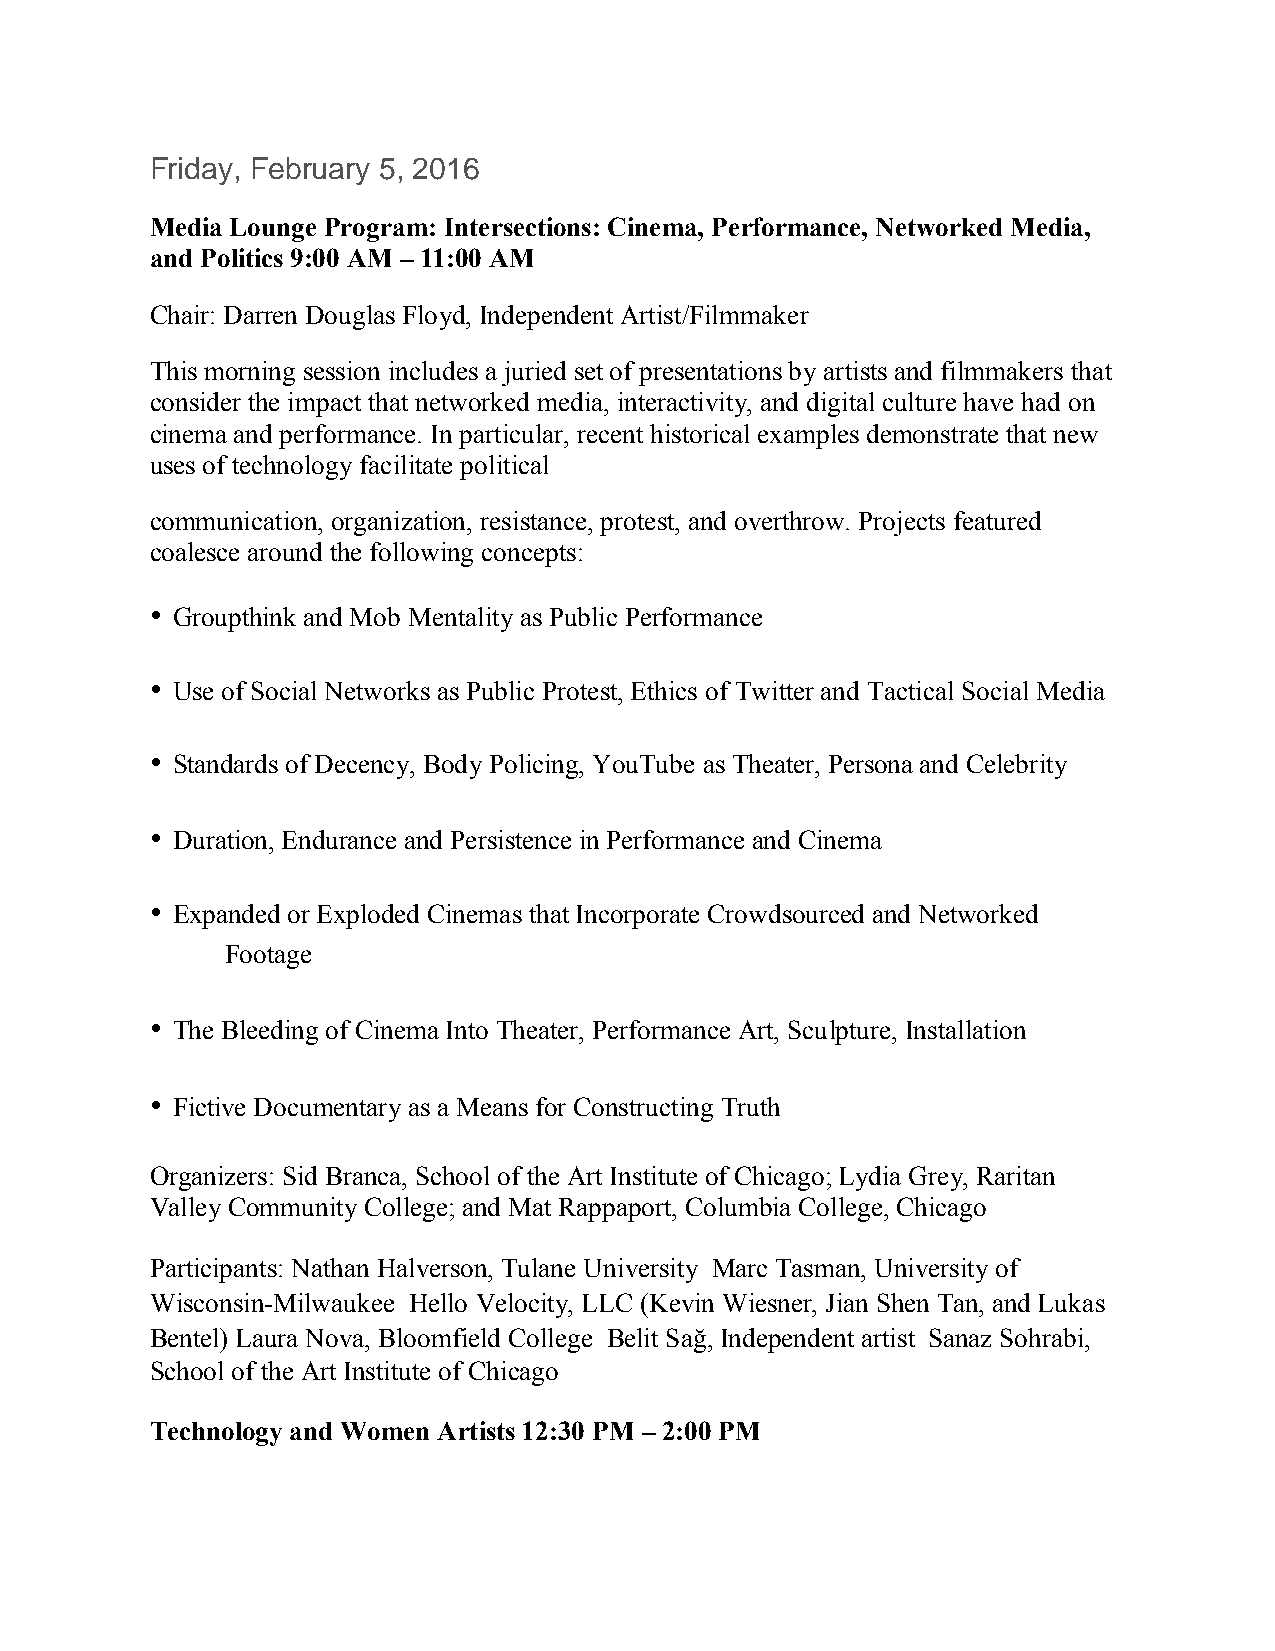
Friday, February 5, 2016
 Media Lounge Program: Intersections: Cinema, Performance, Networked Media,
 and Politics 9:00 AM – 11:00 AM
 Chair: Darren Douglas Floyd, Independent Artist/Filmmaker
 This morning session includes a juried set of presentations by artists and filmmakers that
 consider the impact that networked media, interactivity, and digital culture have had on
 cinema and performance. In particular, recent historical examples demonstrate that new
 uses of technology facilitate political
 communication, organization, resistance, protest, and overthrow. Projects featured
 coalesce around the following concepts:
 • Groupthink and Mob Mentality as Public Performance
 • Use of Social Networks as Public Protest, Ethics of Twitter and Tactical Social Media
 • Standards of Decency, Body Policing, YouTube as Theater, Persona and Celebrity
 • Duration, Endurance and Persistence in Performance and Cinema
 • Expanded or Exploded Cinemas that Incorporate Crowdsourced and Networked
 Footage
 • The Bleeding of Cinema Into Theater, Performance Art, Sculpture, Installation
 • Fictive Documentary as a Means for Constructing Truth
 Organizers: Sid Branca, School of the Art Institute of Chicago; Lydia Grey, Raritan
 Valley Community College; and Mat Rappaport, Columbia College, Chicago
 Participants: Nathan Halverson, Tulane University Marc Tasman, University of
 Wisconsin-Milwaukee Hello Velocity, LLC (Kevin Wiesner, Jian Shen Tan, and Lukas
 Bentel) Laura Nova, Bloomfield College Belit Sağ, Independent artist Sanaz Sohrabi,
 School of the Art Institute of Chicago 
 Technology and Women Artists 12:30 PM – 2:00 PM 